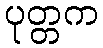
ပုတ္တက